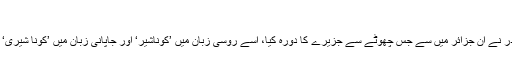
‘‘
روسی صدر نے ان جزائر میں سے جس چھوٹے سے جزیرے کا دورہ کیا، اسے روسی زبان میں ’کوناشیر‘ اور جاپانی زبان میں ’کونا شیری‘ کہتے ہیں۔